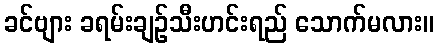
ခင်ဗျား ခရမ်းချဉ်သီးဟင်းရည် သောက်မလား။